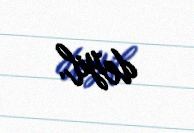
deyil.